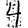
Digit: 4